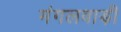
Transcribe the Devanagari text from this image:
मंगलवाड़ी